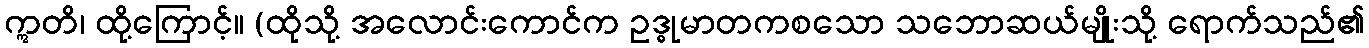
ဣတိ၊ ထို့ကြောင့်။ (ထိုသို့ အလောင်းကောင်က ဥဒ္ဓုမာတကစသော သဘောဆယ်မျိုးသို့ ရောက်သည်၏